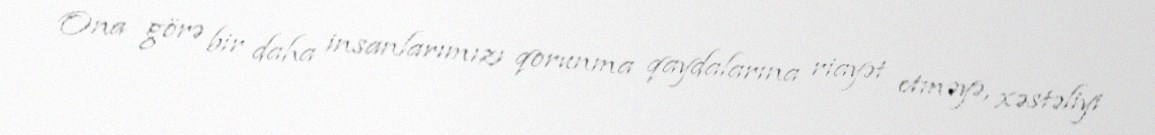
Ona görə bir daha insanlarımızı qorunma qaydalarına riayət etməyə, xəstəliyi